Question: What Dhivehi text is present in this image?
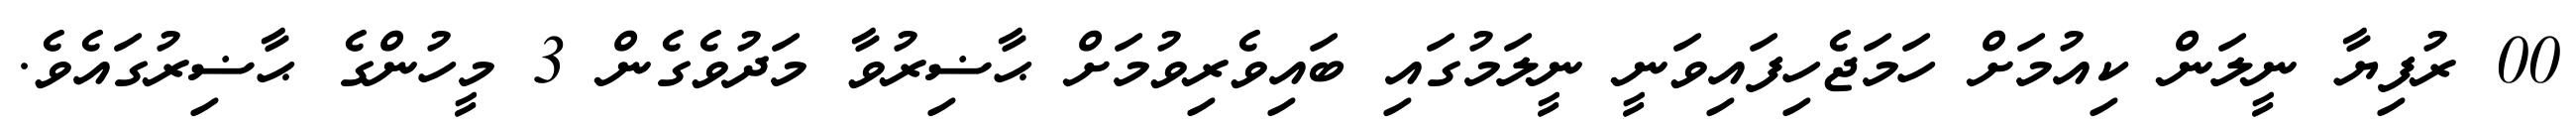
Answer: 00 ރުފިޔާ ނީލަން ކިއުމަށް ހަމަޖެހިފައިވަނީ ނީލަމުގައި ބައިވެރިވުމަށް ޙާޟިރުވާ މަދުވެގެން 3 މީހުންގެ ޙާޟިރުގައެވެ.